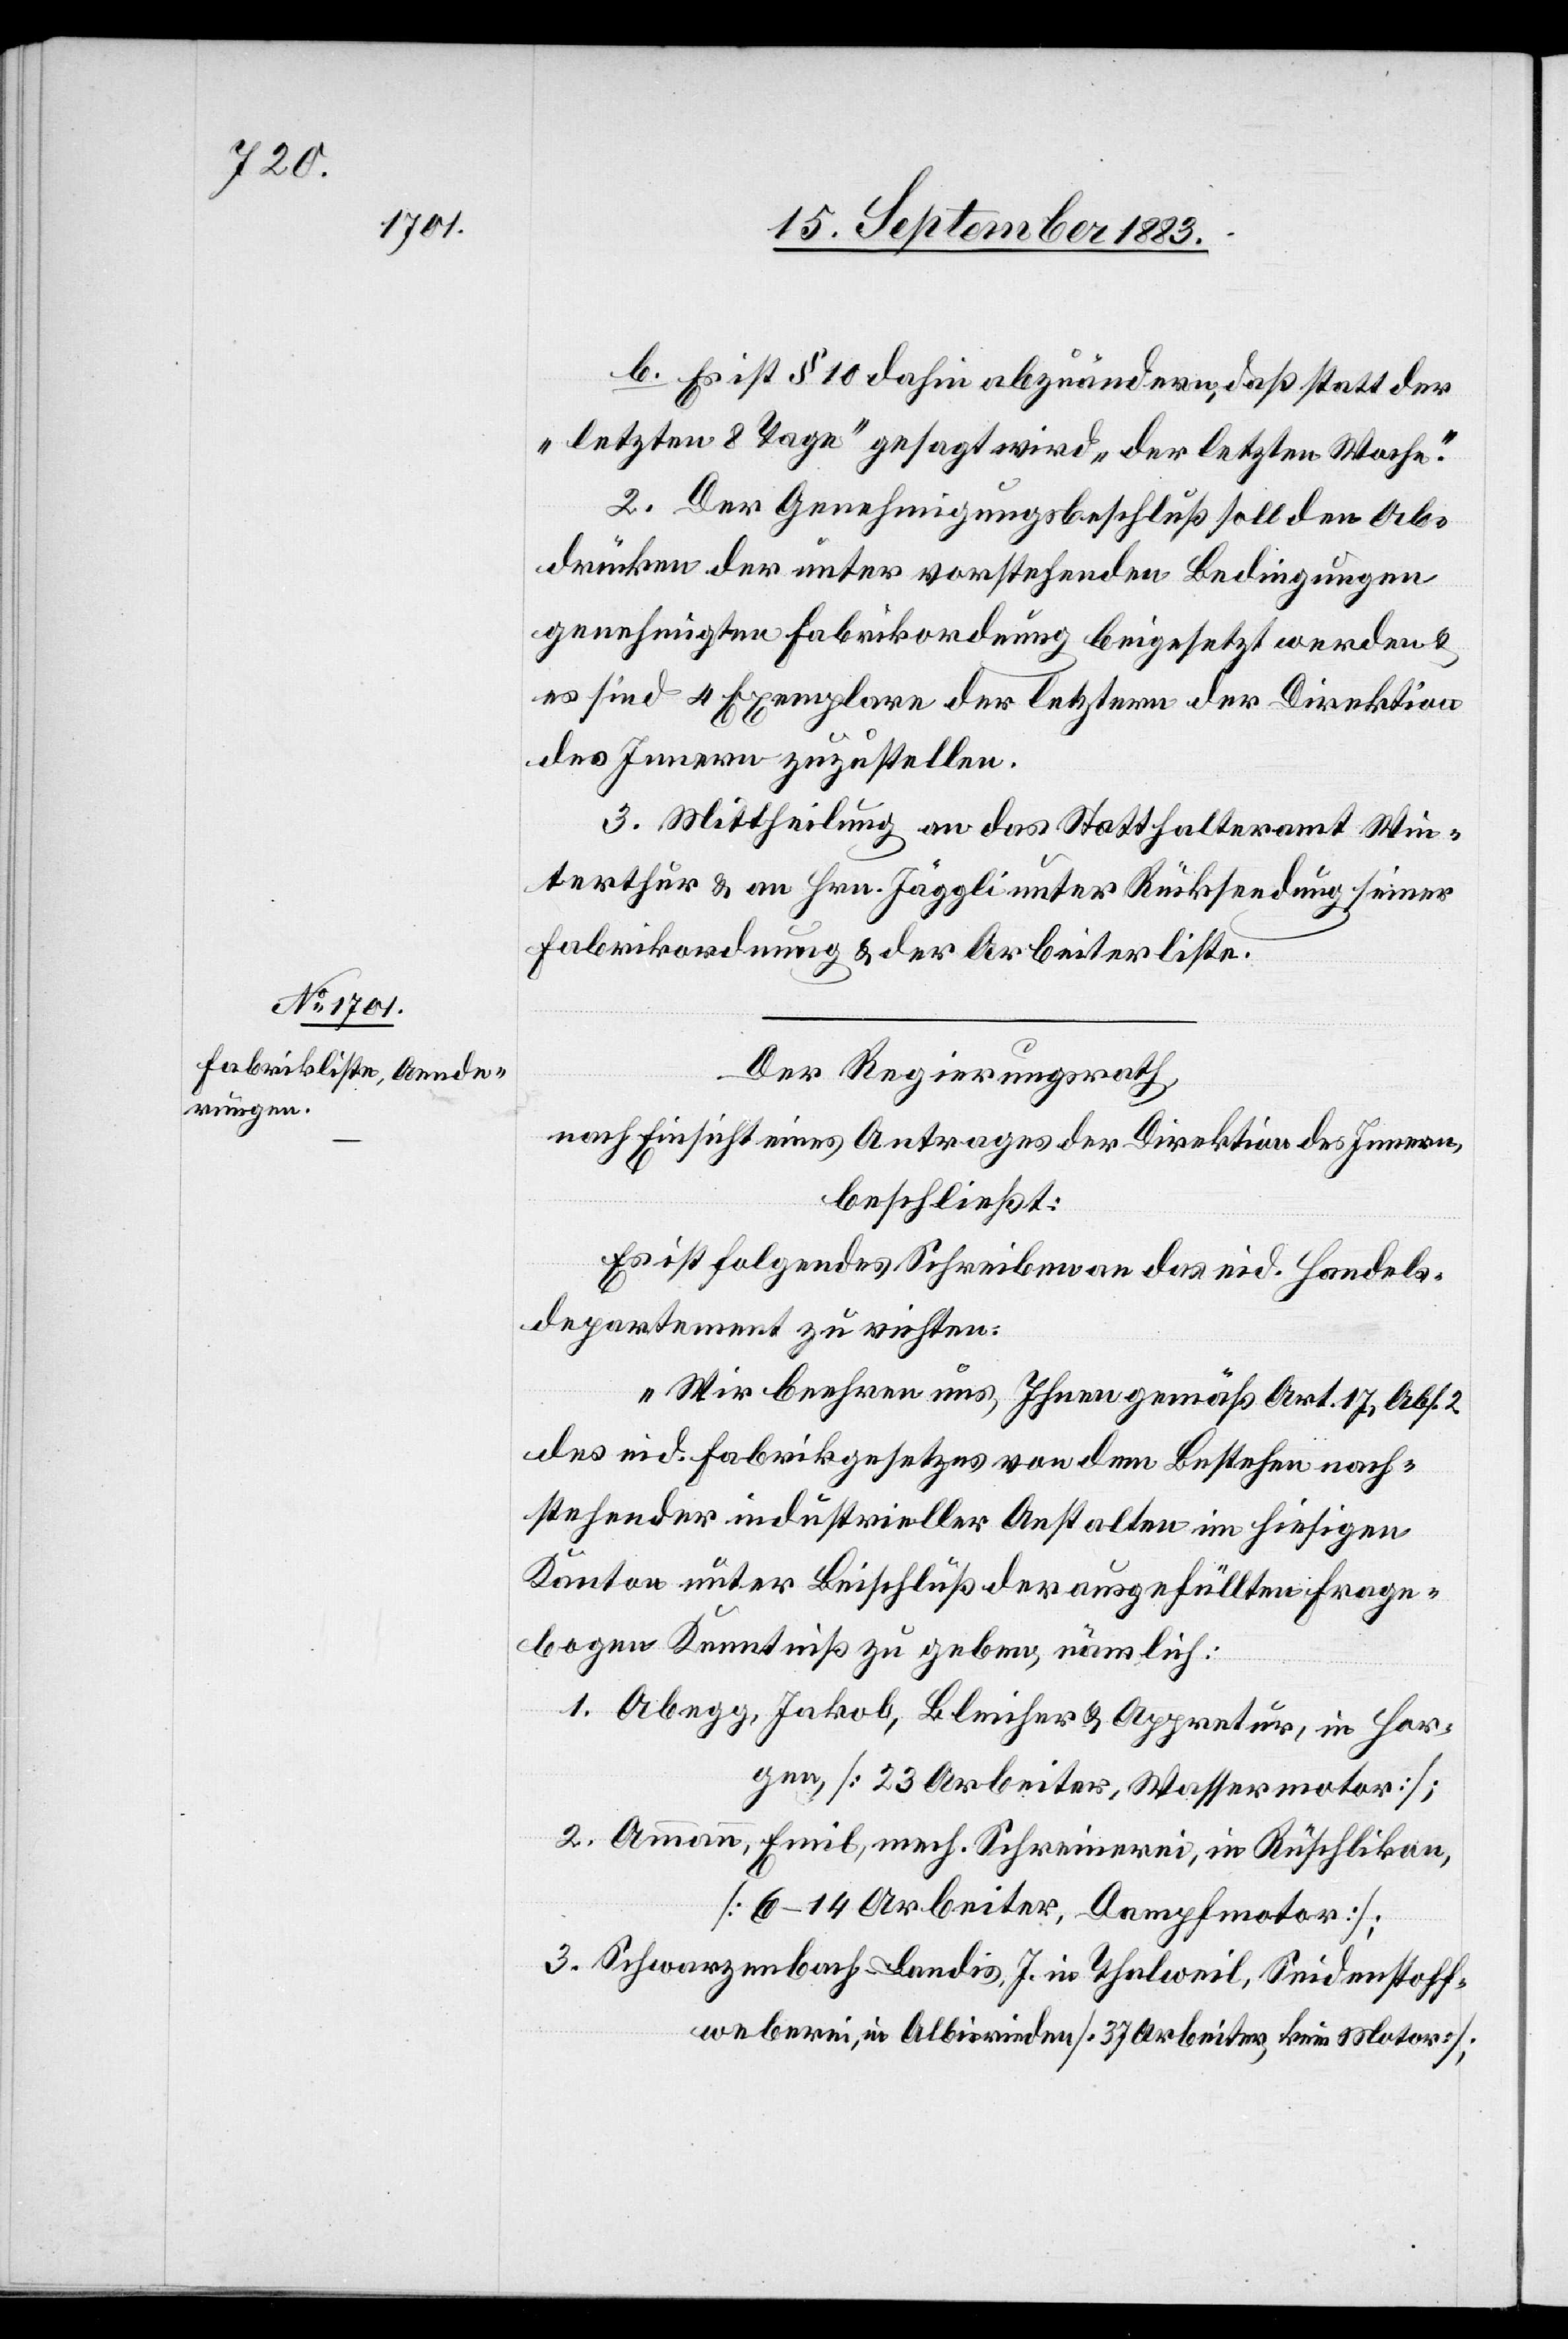
b. Es ist § 10 dahin abzuändern, daß statt der
„letzten 8 Tage“ gesagt wird „der letzten Woche“.
2. Der Genehmigungsbeschluß soll den Ab¬
drücken der unter vorstehenden Bedingungen
genehmigten Fabrikordnung beigesetzt werden &
es sind 4 Exemplare der letztern der Direktion
des Innern zuzustellen.
3. Mittheilung an das Statthalteramt Win¬
terthur & an Hrn. Jäggli unter Rücksendung seiner
Fabrikordnung & der Arbeiterliste.
Der Regierungsrath,
nach Einsicht eines Antrages der Direktion des Innern,
beschließt:
Es ist folgendes Schreiben an das eid. Handels¬
departement zu richten:
„Wir beehren uns, Ihnen gemäß Art. 17, Abs. 2
des eid. Fabrikgesetzes von dem Bestehen nach¬
stehender industrieller Anstalten im hiesigen
Kanton unter Beischluß der ausgefüllten Frage¬
bogen Kenntniß zu geben, nämlich:
1. Abegg, Jakob, Bleicher & Appretur, in Hor¬
gen [23 Arbeiter, Wassermotor];
2. Ammann, Emil, mech. Schreinerei, in Rüschlikon,
[6–14 Arbeiter, Dampfmotor];
3. Schwarzenbach-Landis, J. in Thalweil, Seidenstoff¬
weberei, in Albisrieden [37 Arbeiter, kein Motor];